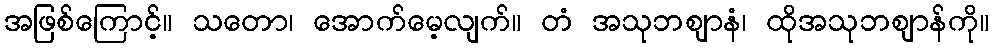
အဖြစ်ကြောင့်။ သတော၊ အောက်မေ့လျက်။ တံ အသုဘဈာနံ၊ ထိုအသုဘဈာန်ကို။